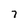
Character: 7